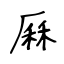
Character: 厤